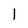
Character: 1